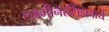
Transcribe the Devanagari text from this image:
लक्ष्मीनरसिंहाचार्य